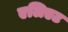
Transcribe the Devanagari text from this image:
एलिएट